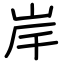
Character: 岸